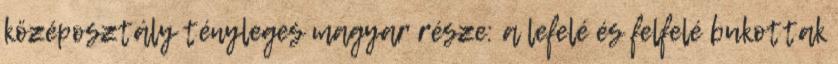
középosztály tényleges magyar része: a lefelé és felfelé bukottak